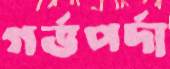
গর্ভপর্দা